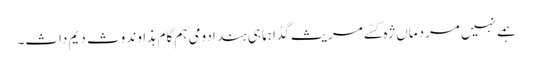
ہمے نہیں مردماں ژہ کسّے مریث گڈا ہما ہی ہند ادومی ہم گام ہذاوند وث دیم داث۔